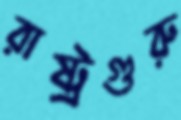
রাষ্ট্রগুরু